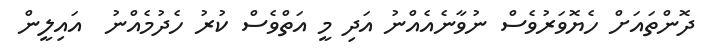
ދޮންތައަށް ހެޔޮވަރުވެސް ނުވާނެއެއްނު އަދި މީ އަތްވެސް ކުރު ހެދުމެއްނު  އައިލީން